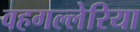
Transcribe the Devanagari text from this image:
वहगल्लेरिया